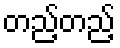
တည့်တည့်